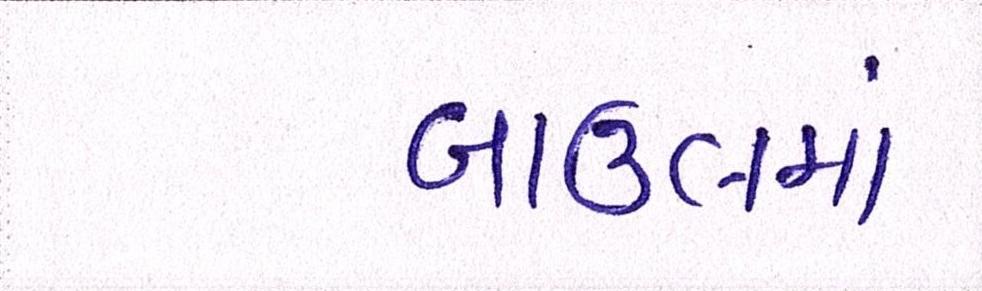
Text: બાઉલમાં